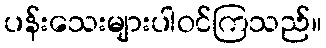
ပန်းသေးများပါဝင်ကြသည်။